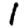
Digit: 1